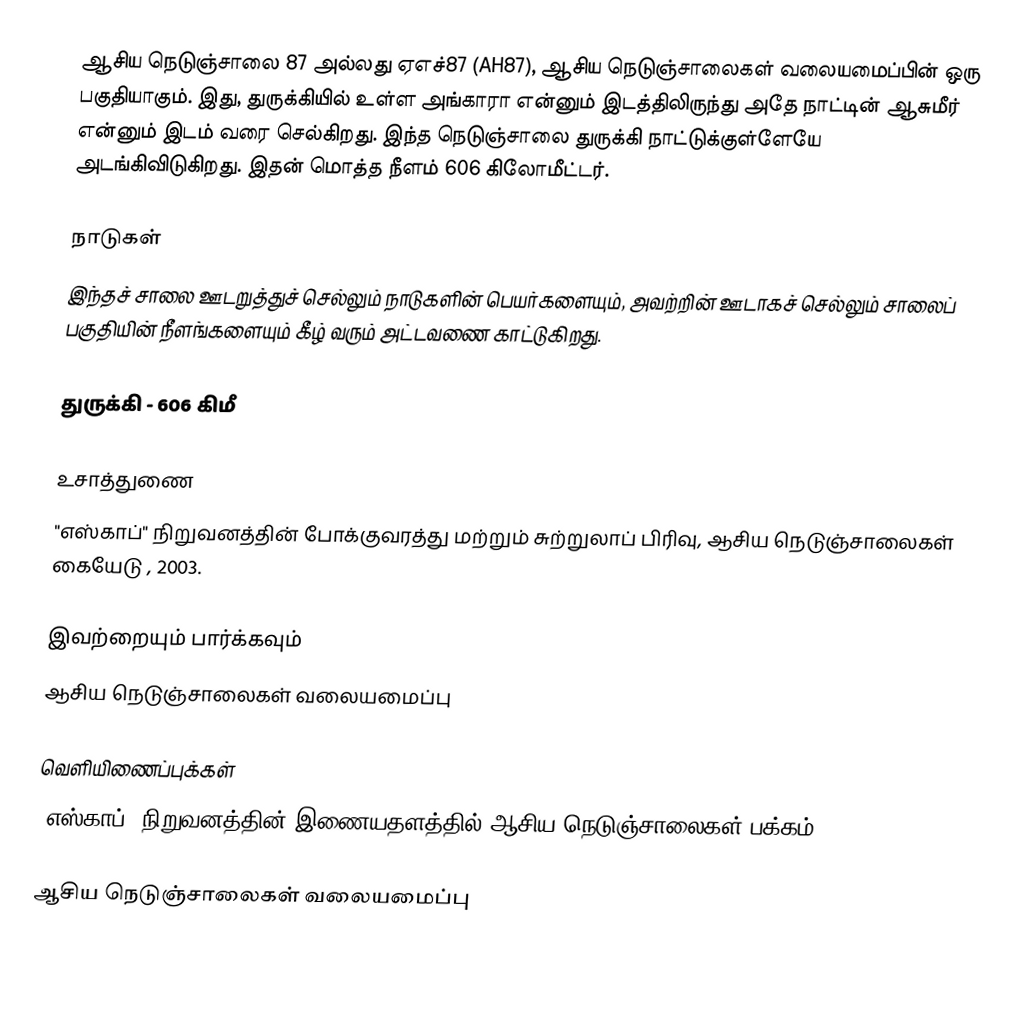
ஆசிய நெடுஞ்சாலை 87 அல்லது ஏஎச்87 (AH87), ஆசிய நெடுஞ்சாலைகள் வலையமைப்பின் ஒரு பகுதியாகும். இது, துருக்கியில் உள்ள அங்காரா என்னும் இடத்திலிருந்து அதே நாட்டின் ஆசுமீர் என்னும் இடம் வரை செல்கிறது. இந்த நெடுஞ்சாலை துருக்கி நாட்டுக்குள்ளேயே அடங்கிவிடுகிறது. இதன் மொத்த நீளம் 606 கிலோமீட்டர்.

நாடுகள்
இந்தச் சாலை ஊடறுத்துச் செல்லும் நாடுகளின் பெயர்களையும், அவற்றின் ஊடாகச் செல்லும் சாலைப் பகுதியின் நீளங்களையும் கீழ் வரும் அட்டவணை காட்டுகிறது.

 துருக்கி - 606 கிமீ

உசாத்துணை
 "எஸ்காப்" நிறுவனத்தின் போக்குவரத்து மற்றும் சுற்றுலாப் பிரிவு, ஆசிய நெடுஞ்சாலைகள் கையேடு , 2003.

இவற்றையும் பார்க்கவும்
 ஆசிய நெடுஞ்சாலைகள் வலையமைப்பு

வெளியிணைப்புக்கள்
 "எஸ்காப்" நிறுவனத்தின் இணையதளத்தில் ஆசிய நெடுஞ்சாலைகள் பக்கம்

 ஆசிய நெடுஞ்சாலைகள் வலையமைப்பு